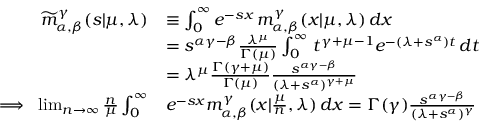
\begin{array} { r l } { \widetilde m _ { \alpha , \beta } ^ { \gamma } ( s \vert \mu , \lambda ) } & { \equiv \int _ { 0 } ^ { \infty } e ^ { - s x } \, m _ { \alpha , \beta } ^ { \gamma } ( x \vert \mu , \lambda ) \, d x } \\ & { = s ^ { \alpha \gamma - \beta } \frac { \lambda ^ { \mu } } { \Gamma ( \mu ) } \int _ { 0 } ^ { \infty } \, t ^ { \gamma + \mu - 1 } e ^ { - ( \lambda + s ^ { \alpha } ) t } \, d t } \\ & { = \lambda ^ { \mu } \frac { \Gamma ( \gamma + \mu ) } { \Gamma ( \mu ) } \frac { s ^ { \alpha \gamma - \beta } } { ( \lambda + s ^ { \alpha } ) ^ { \gamma + \mu } } } \\ { \implies \; \operatorname* { l i m } _ { n \to \infty } \frac { n } { \mu } \int _ { 0 } ^ { \infty } } & { e ^ { - s x } m _ { \alpha , \beta } ^ { \gamma } ( x \vert \frac { \mu } { n } , \lambda ) \, d x = \Gamma ( \gamma ) \frac { s ^ { \alpha \gamma - \beta } } { ( \lambda + s ^ { \alpha } ) ^ { \gamma } } } \end{array}